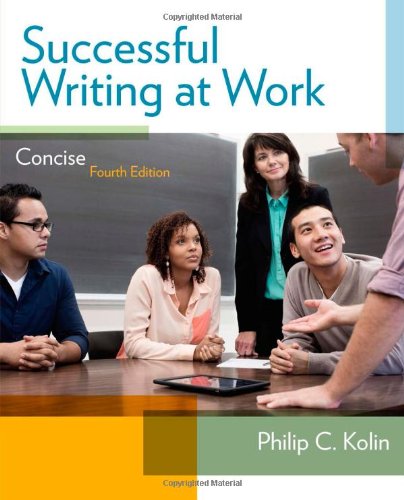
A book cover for Successful Writing at Work: Concise Edition; Philip C. Kolin; Reference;